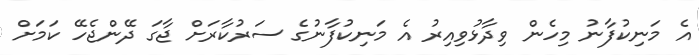
އެ މަނިކުފާނު މިހެން ވިދާޅުވިއިރު އެ މަނިކުފާނުގެ ސަރުކާރަށް ޖާގަ ދޭންޖެހޭ ކަމަށް